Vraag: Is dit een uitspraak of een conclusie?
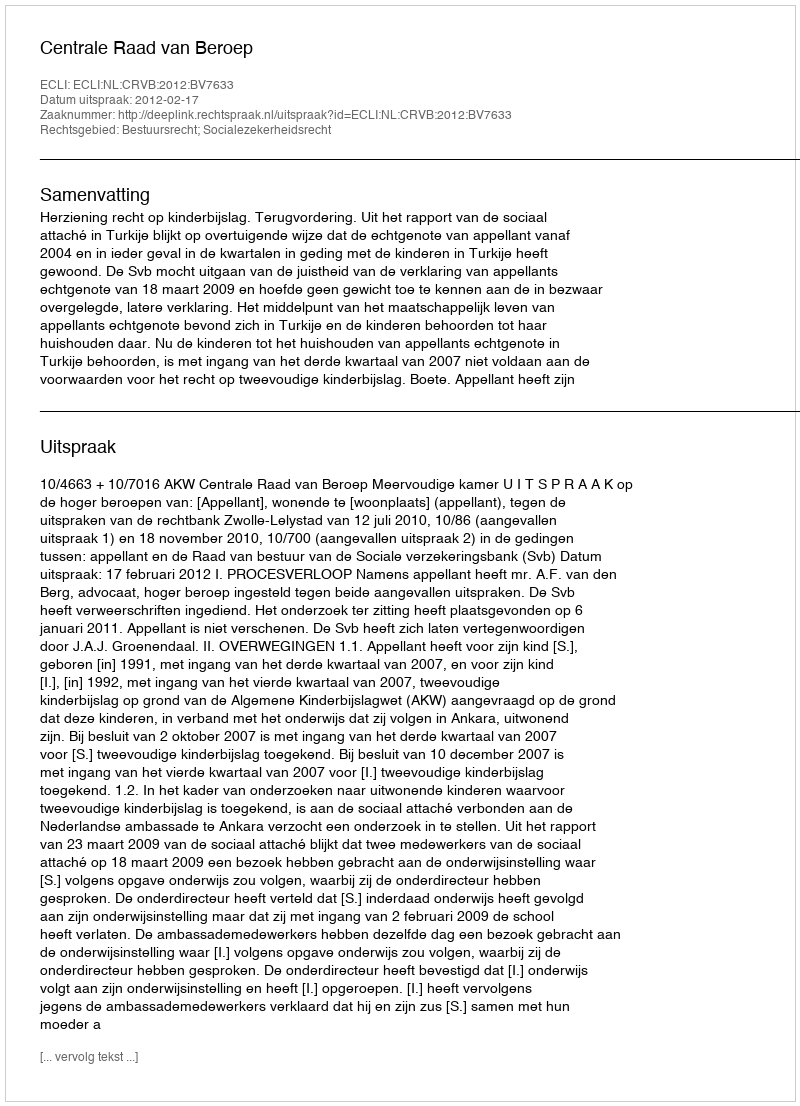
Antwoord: Uitspraak